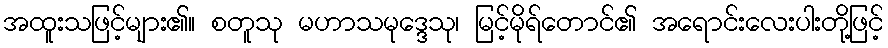
အထူးသဖြင့်များ၏။ စတူသု မဟာသမုဒ္ဒေသု၊ မြင့်မိုရ်တောင်၏ အရောင်းလေးပါးတို့ဖြင့်